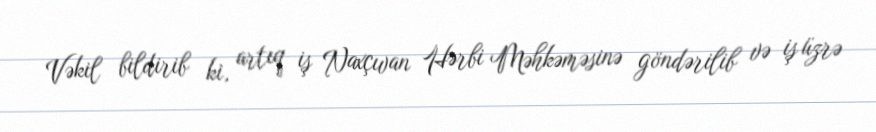
Vəkil bildirib ki, artıq iş Naxçıvan Hərbi Məhkəməsinə göndərilib və iş üzrə